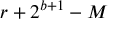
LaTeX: r + 2 ^ { b + 1 } - M